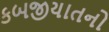
કબજીયાતનો